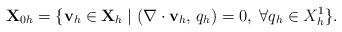
LaTeX: \begin{align*}\mathbf{X}_{0h} = \{ \mathbf{v}_{h} \in \mathbf{X}_{h} \;|\; (\nabla \cdot \mathbf{v}_{h}, \, q_{h} ) = 0, \; \forall q_{h} \in X_{h}^{1} \}.\end{align*}